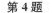
第4题